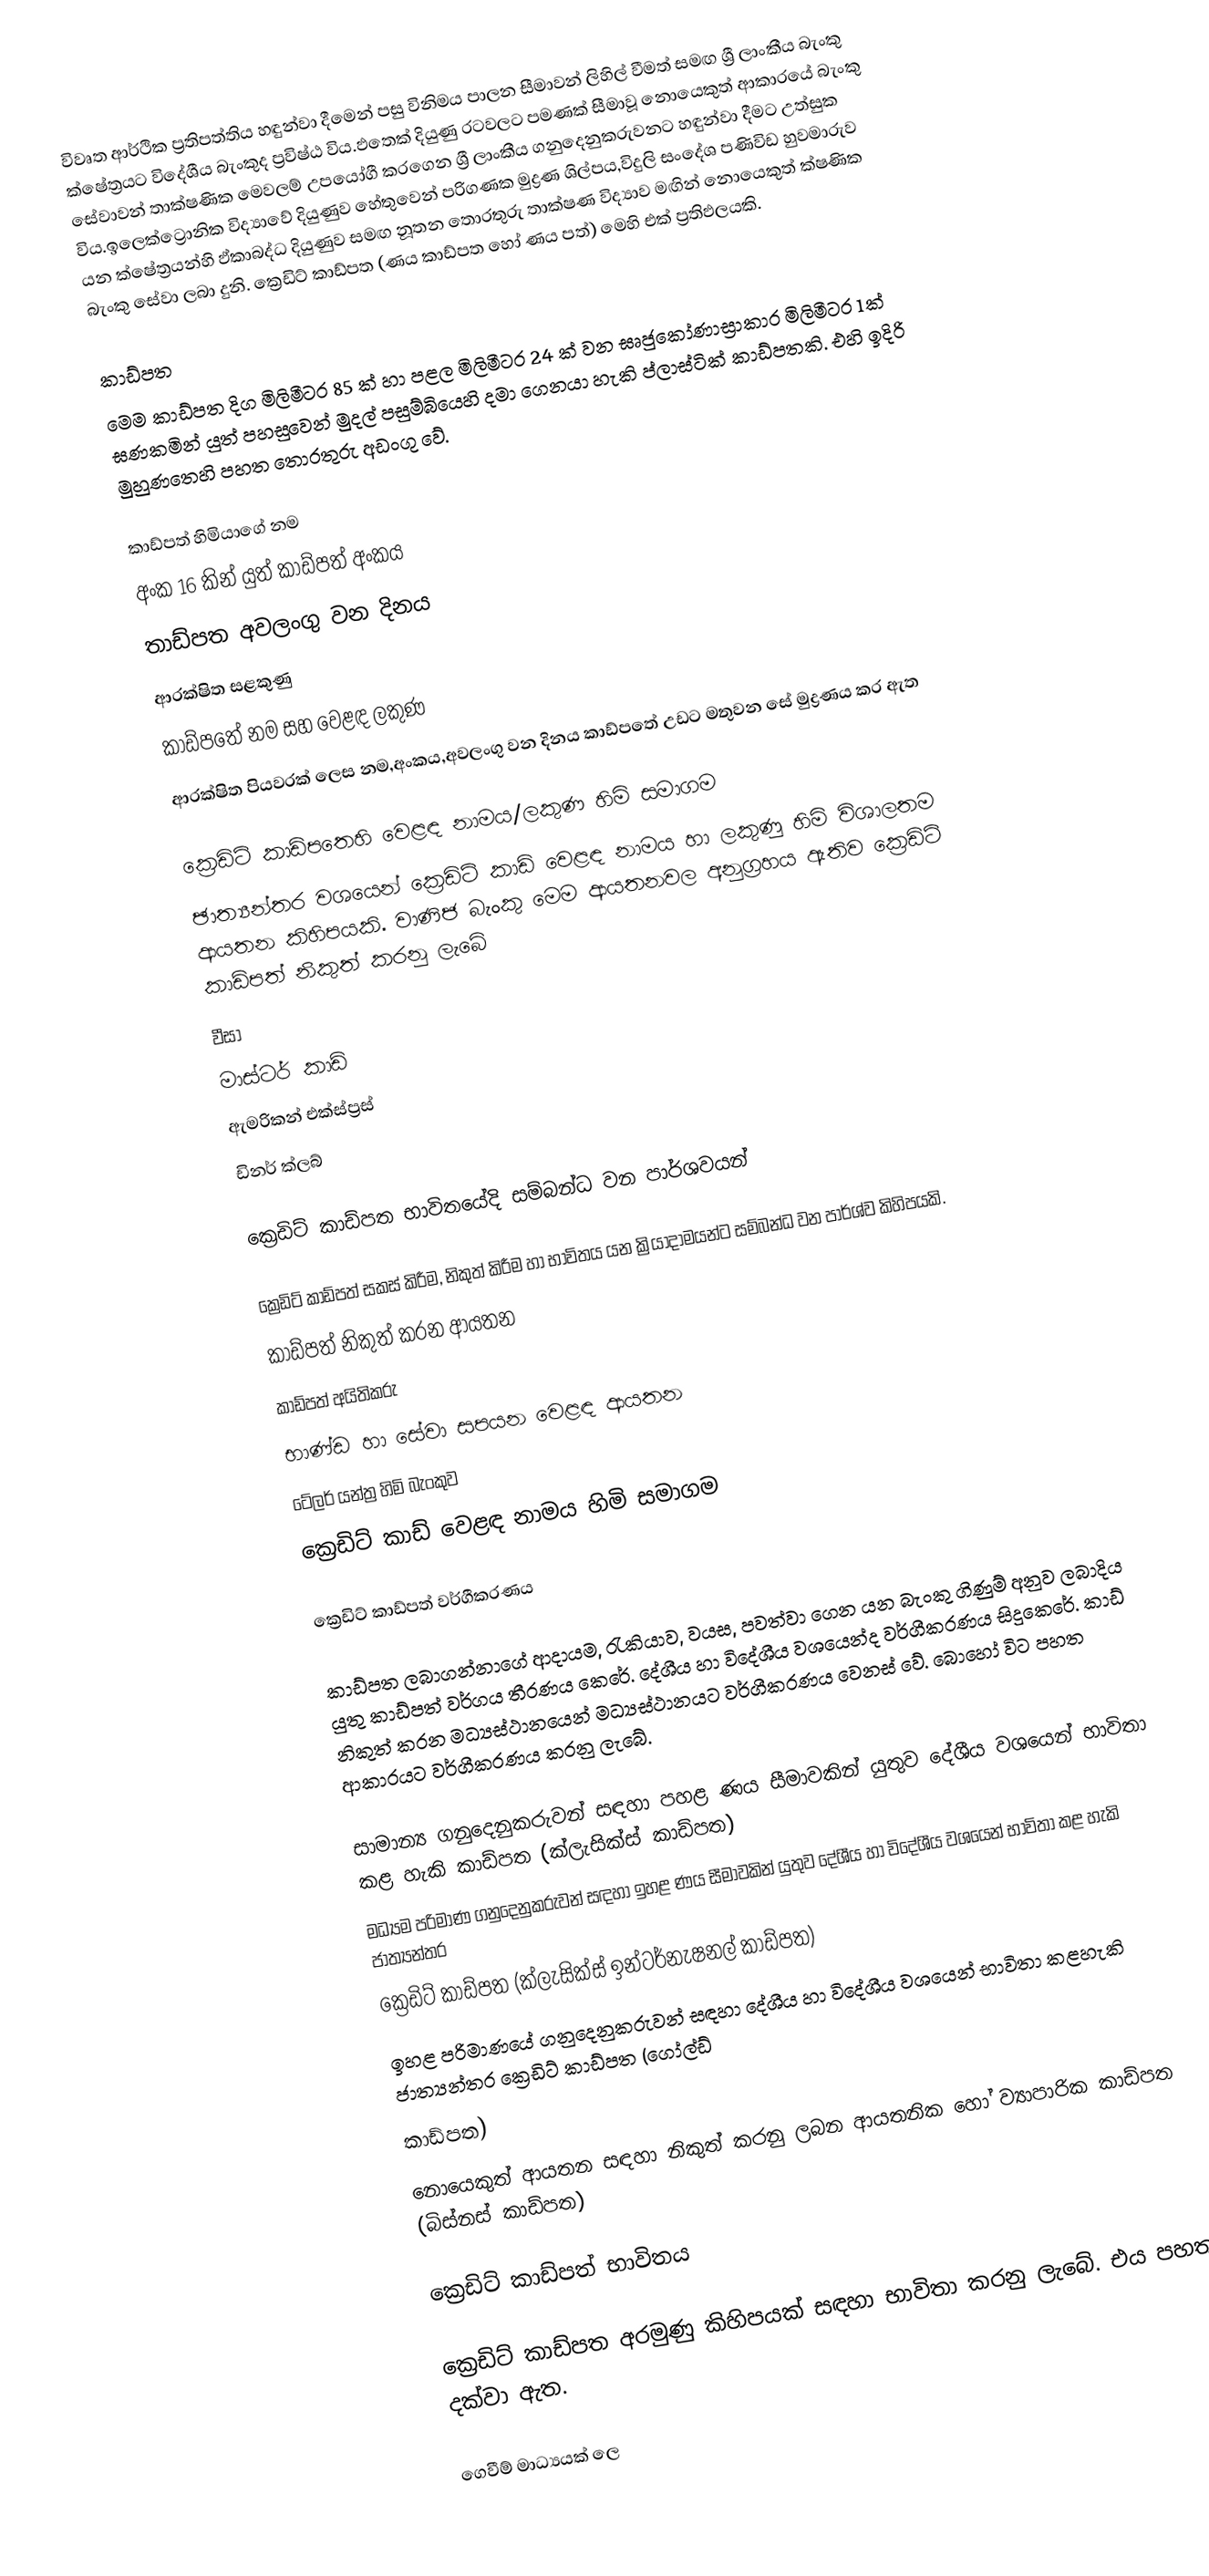
විවෘත ආර්ථික ප්‍රතිපත්තිය හඳුන්වා දීමෙන් පසු විනිමය පාලන සීමාවන් ලිහිල් වීමත් සමඟ ශ්‍රී ලාංකීය බැංකු ක්ෂේත්‍රයට විදේශීය බැංකුද ප්‍රවිෂ්ඨ විය.ඵතෙක් දියුණු රටවලට පමණක් සීමාවූ නොයෙකුත් ආකාරයේ බැංකු සේවාවන් තාක්ෂණික මෙවලම් උපයෝගී කරගෙන ශ්‍රී ලාංකීය ගනුදෙනුකරුවනට හඳුන්වා දීමට උත්සුක විය.ඉලෙක්ට්‍රොනික විද්‍යාවේ දියුණුව හේතුවෙන් පරිගණක මුද්‍රණ ශිල්පය,විදුලි සංදේශ පණිවිඩ හුවමාරුව යන ක්ෂේත්‍රයන්හි ඵ්කාබද්ධ දියුණුව සමඟ නූතන තොරතුරු තාක්ෂණ විද්‍යාව මඟින් නොයෙකුත් ක්ෂණික බැංකු සේවා ලබා දුනි. ක්‍රෙඩිට් කාඩ්පත (ණය කාඩ්පත හෝ ණය පත්) මෙහි එක් ප්‍රතිඵලයකි.

කාඩ්පත
මෙම කාඩ්පත දිග මිලිමීටර 85 ක් හා පළල මිලිමීටර 24 ක් වන ඝෘජුකෝණාස්‍රාකාර මිලිමීටර 1ක් ඝණකමින් යුත් පහසුවෙන් මුදල් පසුම්බියෙහි දමා ගෙනයා හැකි ප්ලාස්ටික් කාඩ්පතකි. එහි ඉදිරි මුහුණතෙහි පහත තොරතුරු අඩංගු වේ.

 කාඩ්පත් හිමියාගේ නම
 අංක 16 කින් යුත් කාඩ්පත් අංකය
 තාඩ්පත අවලංගු වන දිනය
 ආරක්ෂිත සළකුණු
 කාඩ්පතේ නම සහ වෙළඳ ලකුණ
 ආරක්ෂිත පියවරක් ලෙස නම,අංකය,අවලංගු වන දිනය කාඩ්පතේ උඩට මතුවන සේ මුද්‍රණය කර ඇත

ක්‍රෙඩිට් කාඩ්පතෙහි වෙළඳ නාමය/ලකුණ හිමි සමාගම
ඡාත්‍යන්තර වශයෙන් ක්‍රෙඩිට් කාඩ් වෙළඳ නාමය හා ලකුණු හිමි විශාලතම ආයතන කිහිපයකි. වාණිජ බැංකු මෙම ආයතනවල අනුග්‍රහය ඇතිව ක්‍රෙඩිට් කාඩ්පත් නිකුත් කරනු ලැබේ
 වීසා
 මාස්ටර් කාඩ්
 ඇමරිකන් එක්ස්ප්‍රස්
 ඩිනර් ක්ලබ්

ක්‍රෙඩිට් කාඩ්පත භාවිතයේදි සම්බන්ධ වන පාර්ශවයන්

‍ක්‍රෙඩිට් කාඩ්පත් සකස් කිරීම, නිකුත් කිරීම හා භාවිතය යන ක්‍රියාදාමයන්ට සම්බන්ධ වන පාර්ශ්ව කිහිපයකි.
 කාඩ්පත් නිකුත් කරන ආයතන
 කාඩ්පත් අයිතිකරු
 භාණ්ඩ හා සේවා සපයන වෙළඳ ආයතන
 ටේලර් යන්ත්‍ර හිමි බැංකුව
 ක්‍රෙඩිට් කාඩ් වෙළඳ නාමය හිමි සමාගම

ක්‍රෙඩිට් කාඩ්පත් වර්ගීකරණය

කාඩ්පත ලබාගන්නාගේ ආදායම, රැකියාව, වයස, පවත්වා ගෙන යන බැංකු ගිණුම් අනුව ලබාදිය යුතු කාඩ්පත් වර්ගය තීරණය කෙරේ. දේශීය හා විදේශීය වශයෙන්ද වර්ගීකරණය සිදුකෙරේ. කාඩ් නිකුත් කරන මධ්‍යස්ථානයෙන් මධ්‍යස්ථානයට වර්ගීකරණය වෙනස් වේ. බොහෝ විට පහත ආකාරයට වර්ගීකරණය කරනු ලැබේ.

 සාමාන්‍ය ගනුදෙනුකරුවන් සඳහා පහළ ණය සීමාවකින් යුතුව දේශීය වශයෙන් භාවිතා කළ හැකි කාඩ්පත (ක්ලැසික්ස් කාඩ්පත)
 මධ්‍යම පරිමාණ ගනුදෙනුකරුවන් සඳහා ඉහළ ණය සීමාවකින් යුතුව දේශීය හා විදේශීය වශයෙන් භාවිතා කළ හැකි ජාත්‍යන්තර
ක්‍රෙඩිට් කාඩ්පත (ක්ලැසික්ස් ඉන්ටර්නැෂනල් කාඩ්පත)
 ඉහළ පරිමාණයේ ගනුදෙනුකරුවන් සඳහා දේශීය හා විදේශීය වශයෙන් භාවිතා කළහැකි ජාත්‍යන්තර ක්‍රෙඩිට් කාඩ්පත (ගෝල්ඩ්
කාඩ්පත)
 නොයෙකුත් ආයතන සඳහා නිකුත් කරනු ලබන ආයතනික හෝ ව්‍යාපාරික කාඩ්පත (බිස්නස් කාඩ්පත)

ක්‍රෙඩිට් කාඩ්පත් භාවිතය

ක්‍රෙඩිට් කාඩ්පත අරමුණු කිහිපයක් සඳහා භාවිතා කරනු ලැබේ. එය පහත දක්වා ඇත.

 ගෙවීම් මාධ්‍යයක් ලෙ